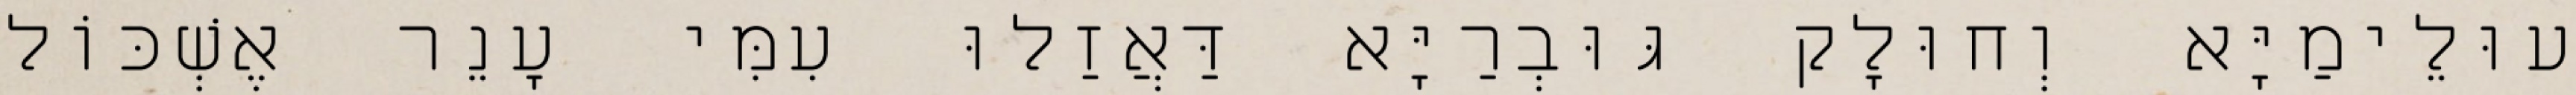
עוּלֵימַיָּא וְחוּלָק גּוּבְרַיָּא דַּאֲזַלוּ עִמִּי עָנֵר אֶשְׁכּוֹל